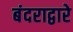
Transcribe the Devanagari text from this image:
बंदराद्वारे